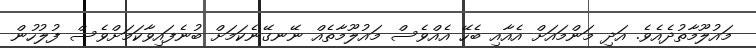
މައުލޫމާތުދެއެވެ. އަދި މަންމައަށް އެއާއި ބެހޭ އެއްވެސް މައުލޫމާތެއް ނޭނގޭނެކަމަށް ބުނެފައިވާކަމަށްވެސް ފުލުހުން